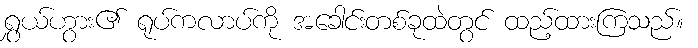
ရွှယ်ဟွား၏ ရုပ်ကလာပ်ကို အခေါင်းတစ်ခုထဲတွင် ထည့်ထားကြသည်။